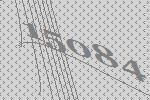
15084